Investigations into the jail dietaries of the United Provinces with some observations on the influence of dietary on the physical development and well-being of the people of the United Provinces - Number 48
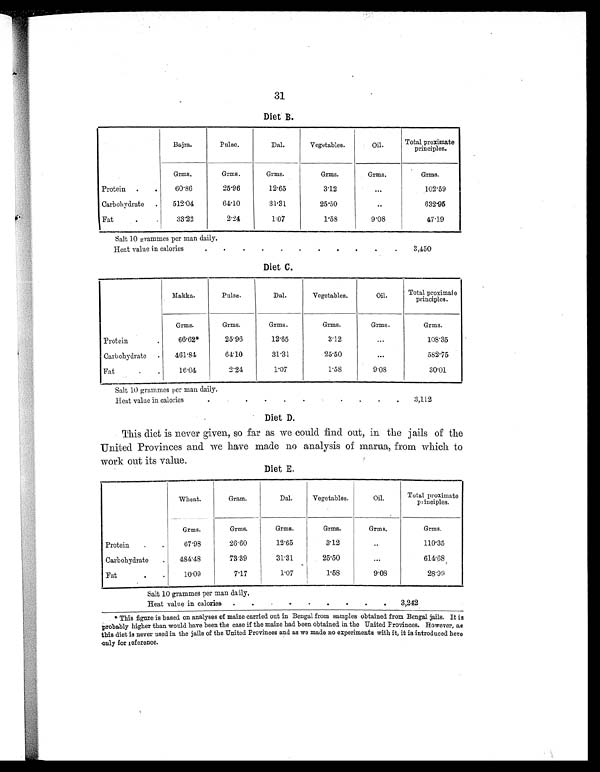
31
Diet B.
Bajra.
Pulse.
Dal.
Vegetables.
Oil.
Total proximate
principles.
Grms.
Grms.
Grms.
Grms.
Grms.
Grms.
Protein .
.
60.86
25.96
12.65
3.12
...
102.59
Carbohydrate .
512.04
64.10
31.31
25. 50
..
632.95
Fat
. .
33.22
2.24
1.07
1.58
9.08
47.19
Salt 10 grammes per man daily.
Heat value in calories
.
. .
.
.
.
. .
.
.
3,450
Diet C.
Makka.
Pulse.
Dal.
Vegetables.
Oil.
Total proximate
principles.
Grms.
Grms.
Grms.
Grms.
Grms.
Grms.
Protein .
66.62*
25.96
12.65
3.12
. . .
108.35
Carbohydrate .
461.84
64.10
31.31
25.50
. . .
582.75
Fat .
16.04
2.24
1.07
1.58
9.08
30.01
Salt 10 grammes per man daily.
Heat value in calories
.
.
. .
.
. .
.
.
. . 3,112
Diet D.
This diet is never given, so far as we could find out, in the jails of the
United Provinces and we have made no analysis of marua, from which to
work out its value.
Diet E.
Wheat.
Gram.
Dal.
Vegetables.
Oil.
Total proximate
principles.
Grms.
Grms.
Grms.
Grms.
Grms.
Grms.
Protein
.
.
67.98
26.60
12.65
3.12
. . .
110.35
Carbohydrate
.
484.48
73.39
31.31
25.50
. . .
614.68
Fat
.
.
10.09
7.17
1.07
1.58
9.08
28.99
Salt 10 grammes per man daily.
Heat value in calories
. . .
.
.
.
.
. .
3,242
* This figure is based on analyses of maize carried out in Bengal from samples obtained from Bengal jails. It is
probably higher than would have been the case if the maize had been obtained in the United Provinces. However, as
this diet is never used in the jails of the United Provinces and as we made no experiments with it, it is introduced here
only for reference.